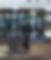
সত্ত্বের